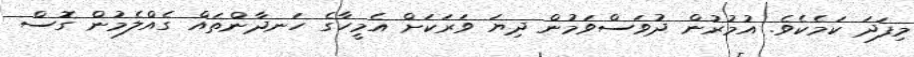
މިފަދަ ކަމެކެވެ. އުމުރުން ދުވަސްވަމުން ދިޔަ ވަރަކަށް އެމީހާގެ ހަނދާންތައް ގެއްލެމުން ގޮސް